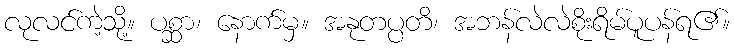
လုလင်ကဲ့သို့။ ပစ္ဆာ၊ နောက်မှ။ အနုတပ္ပတိ၊ အဘန်လဲလဲစိုးရိမ်ပူပန်ရ၏။